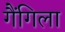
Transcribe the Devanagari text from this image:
गैंगिला